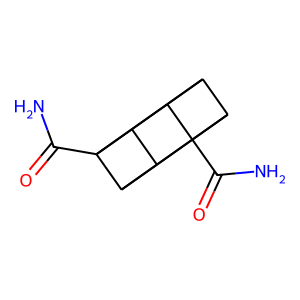
SMILES: NC(=O)C12C3C4C1C1C2C3C41C(N)=O
Inhibits HIV replication: No